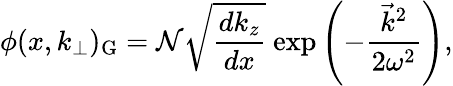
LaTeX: \phi(x,k_{\perp})_{\mathrm{G}}={\cal N}\sqrt{{\frac{dk_{z}}{dx}}}~\mathrm{exp}\left(-{\frac{\vec{k}^{2}}{2\omega^{2}}}\right),